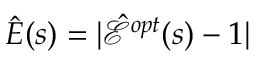
\hat { E } ( s ) = | \hat { \mathcal { E } } ^ { o p t } ( s ) - 1 |